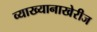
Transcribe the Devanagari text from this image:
व्याख्यानाखेरीज